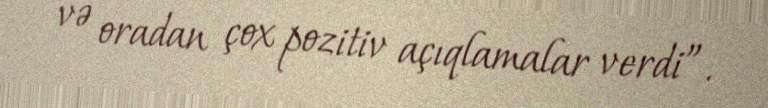
və oradan çox pozitiv açıqlamalar verdi”.